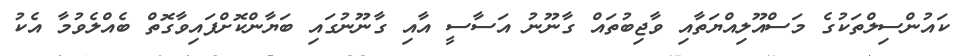
ކައުންސިލްތަކުގެ މަސްއޫލިއްޔަތާއި ވާޖިބުތައް ގާނޫނު އަސާސީ އާއި ގާނޫނުގައި ބަޔާންކޮށްފައިވާގޮތް ބެއްލެވުމާ އެކު